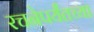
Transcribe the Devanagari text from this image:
रचनेपर्यंतच्या